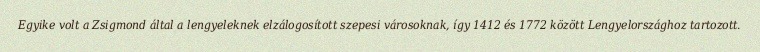
Egyike volt a Zsigmond által a lengyeleknek elzálogosított szepesi városoknak, így 1412 és 1772 között Lengyelországhoz tartozott.